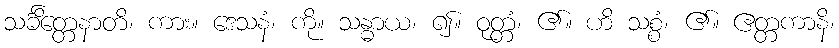
သင်္ခိတ္တေနာတိ၊ ကား။ ဒေသနံ၊ ကို။ သန္ဓာယ၊ ၍။ ဝုတ္တံ၊ ၏။ ဟိ သစ္စံ၊ ၏။ ဧတ္တကာနိ၊